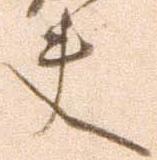
夫